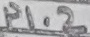
Text: P1.2